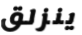
ينزلق